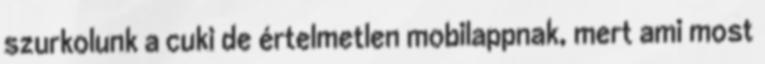
szurkolunk a cuki de értelmetlen mobilappnak, mert ami most